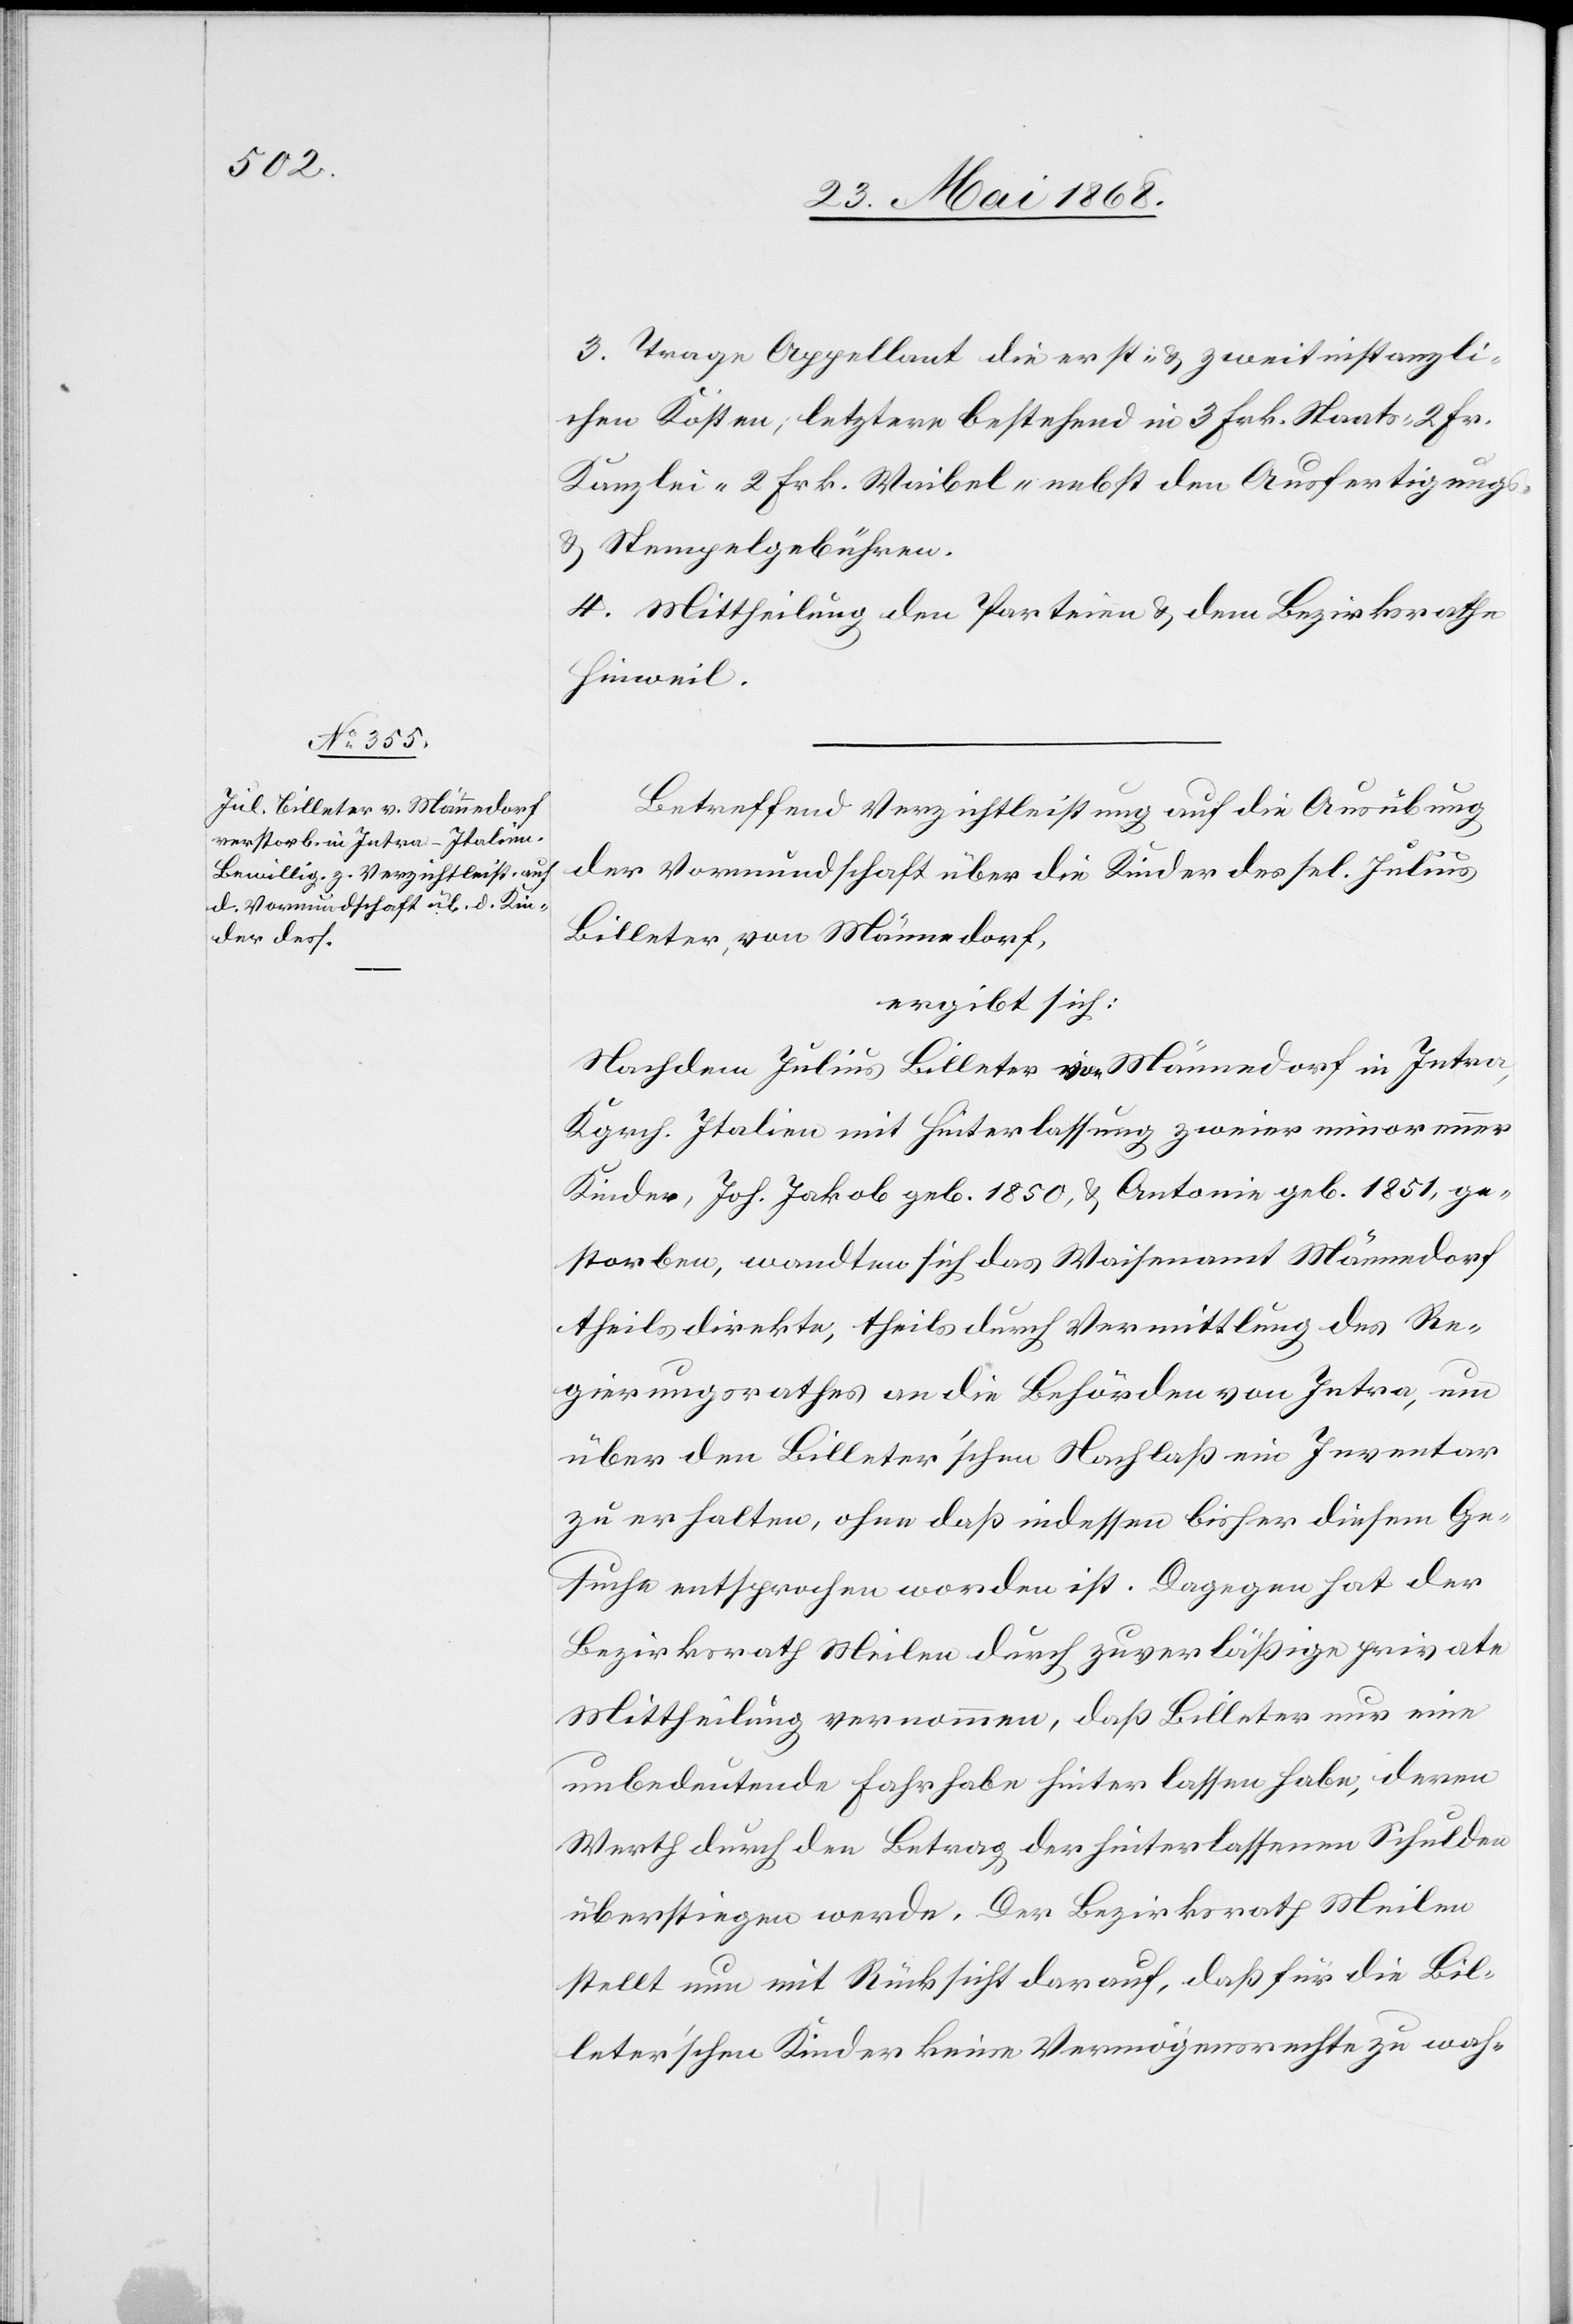
3. Trage Appellant die erst- & zweitinstanzli¬
chen Kosten; letztere bestehend in 3 Frk. Staats-, 2 Fr.
Kanzlei-[,] 2 Frk. Waibel-[,] nebst den Ausfertigungs-
& Stempelgebühren.
4. Mittheilung den Parteien & dem Bezirksrathe
Hinweil.
Betreffend Verzichtleistung auf die Ausübung
der Vormundschaft über die Kinder des sel. Julius
Billeter, von Männedorf,
ergibt sich:
Nachdem Julius Billeter von Männedorf in Intra,
Kgrch. Italien mit Hinterlassung zweier minorenner
Kinder, Joh. Jakob geb. 1850, & Antonie geb. 1851, ge¬
storben, wandten [sic!] sich das Waisenamt Männedorf
theils direkte, theils durch Vermittlung des Re¬
gierungsrathes an die Behörden von Intra, um
über den Billeter’schen Nachlaß ein Inventar
zu erhalten, ohne daß indessen bisher diesem Ge¬
suche entsprochen worden ist. Dagegen hat der
Bezirksrath Meilen durch zuverläßige private
Mittheilung vernommen, daß Billeter nur eine
unbedeutende Fahrhabe hinterlassen habe, deren
Werth durch den Betrag der hinterlassenen Schulden
überstiegen werde. Der Bezirksrath Meilen
stellt nun mit Rücksicht darauf, daß für die Bil¬
leter’schen Kinder keine Vermögensrechte zu wah-